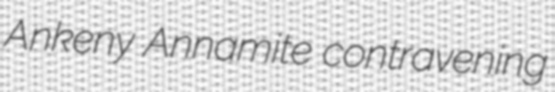
Ankeny Annamite contravening